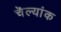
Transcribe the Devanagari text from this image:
चॆल्यांक